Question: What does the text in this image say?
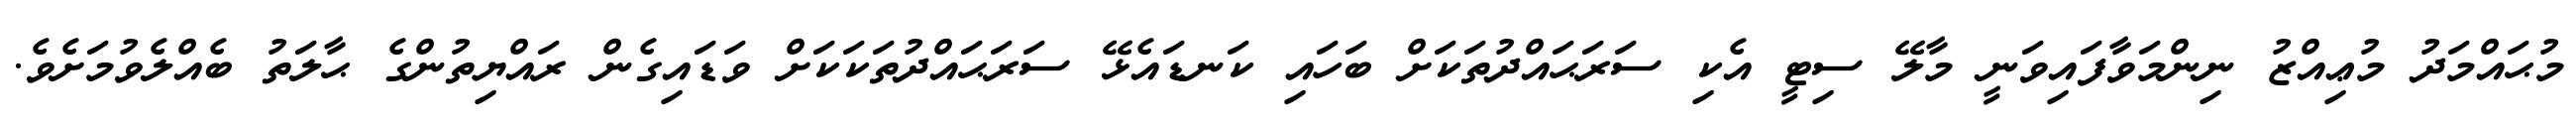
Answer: މުޙައްމަދު މުޢިއްޒު ނިންމަވާފައިވަނީ މާލޭ ސިޓީ އެކި ސަރަޙައްދުތަކަށް ބަހައި ކަނޑައެޅޭ ސަރަޙައްދުތަކަކަށް ވަޑައިގެން ރައްޔިތުންގެ ޙާލަތު ބެއްލެވުމަށެވެ.